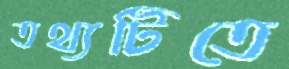
তথ্যটিতে